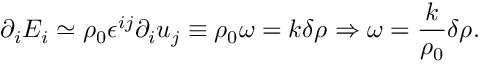
\partial _ { i } E _ { i } \simeq \rho _ { 0 } \epsilon ^ { i j } \partial _ { i } u _ { j } \equiv \rho _ { 0 } \omega = k \delta \rho \Rightarrow \omega = \frac { k } { \rho _ { 0 } } \delta \rho .